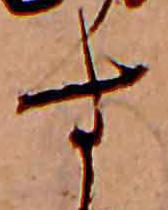
す